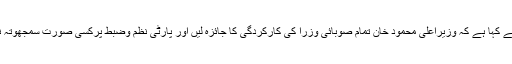
وزیراعظم نے کہا ہے کہ وزیراعلیٰ محمود خان تمام صوبائی وزرا کی کارکردگی کا جائزہ لیں اور پارٹی نظم وضبط پرکسی صورت سمجھوتہ نہ کیا جائے۔